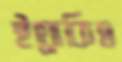
ইয়োকিও